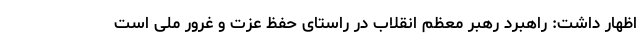
اظهار داشت: راهبرد رهبر معظم انقلاب در راستای حفظ عزت و غرور ملی است